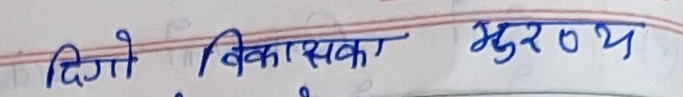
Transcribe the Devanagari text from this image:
दिगो विकासका भुरण्य